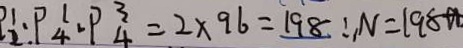
P _ { 2 } ^ { 1 } \cdot P _ { 4 } ^ { 1 } \cdot P _ { 4 } ^ { 3 } = 2 \times 9 6 = 1 9 8 \therefore N = 1 9 8